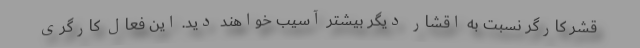
قشر کارگر نسبت به اقشار دیگر بیشتر آسیب خواهند دید. این فعال کارگری